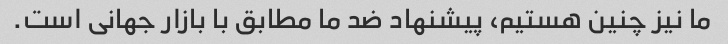
ما نیز چنین هستیم، پیشنهاد ضد ما مطابق با بازار جهانی است.